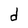
Character: d